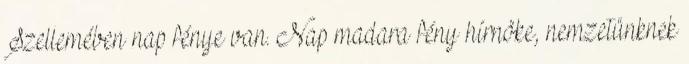
Szellemében nap fénye van. Nap madara fény hírnöke, nemzetünknek